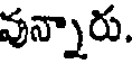
వున్నారు.